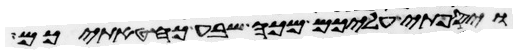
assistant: ויספתי עליכם מכה שבע כחטאתיכם